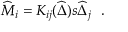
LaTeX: \widehat { \cal M } _ { i } = K _ { i j } ( \widehat { \Delta } ) s \widehat { \Delta } _ { j } \ \ .